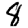
Digit: 8